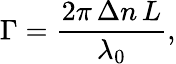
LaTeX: \Gamma={\frac{2\pi\, \Delta n\, L}{\lambda_{0}}},